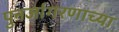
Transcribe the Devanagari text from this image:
पुनर्जागरणाच्या